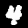
Digit: 4